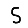
Digit: 5